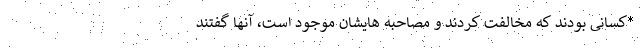
*کسانی بودند که مخالفت کردند و مصاحبه هایشان موجود است، آنها گفتند